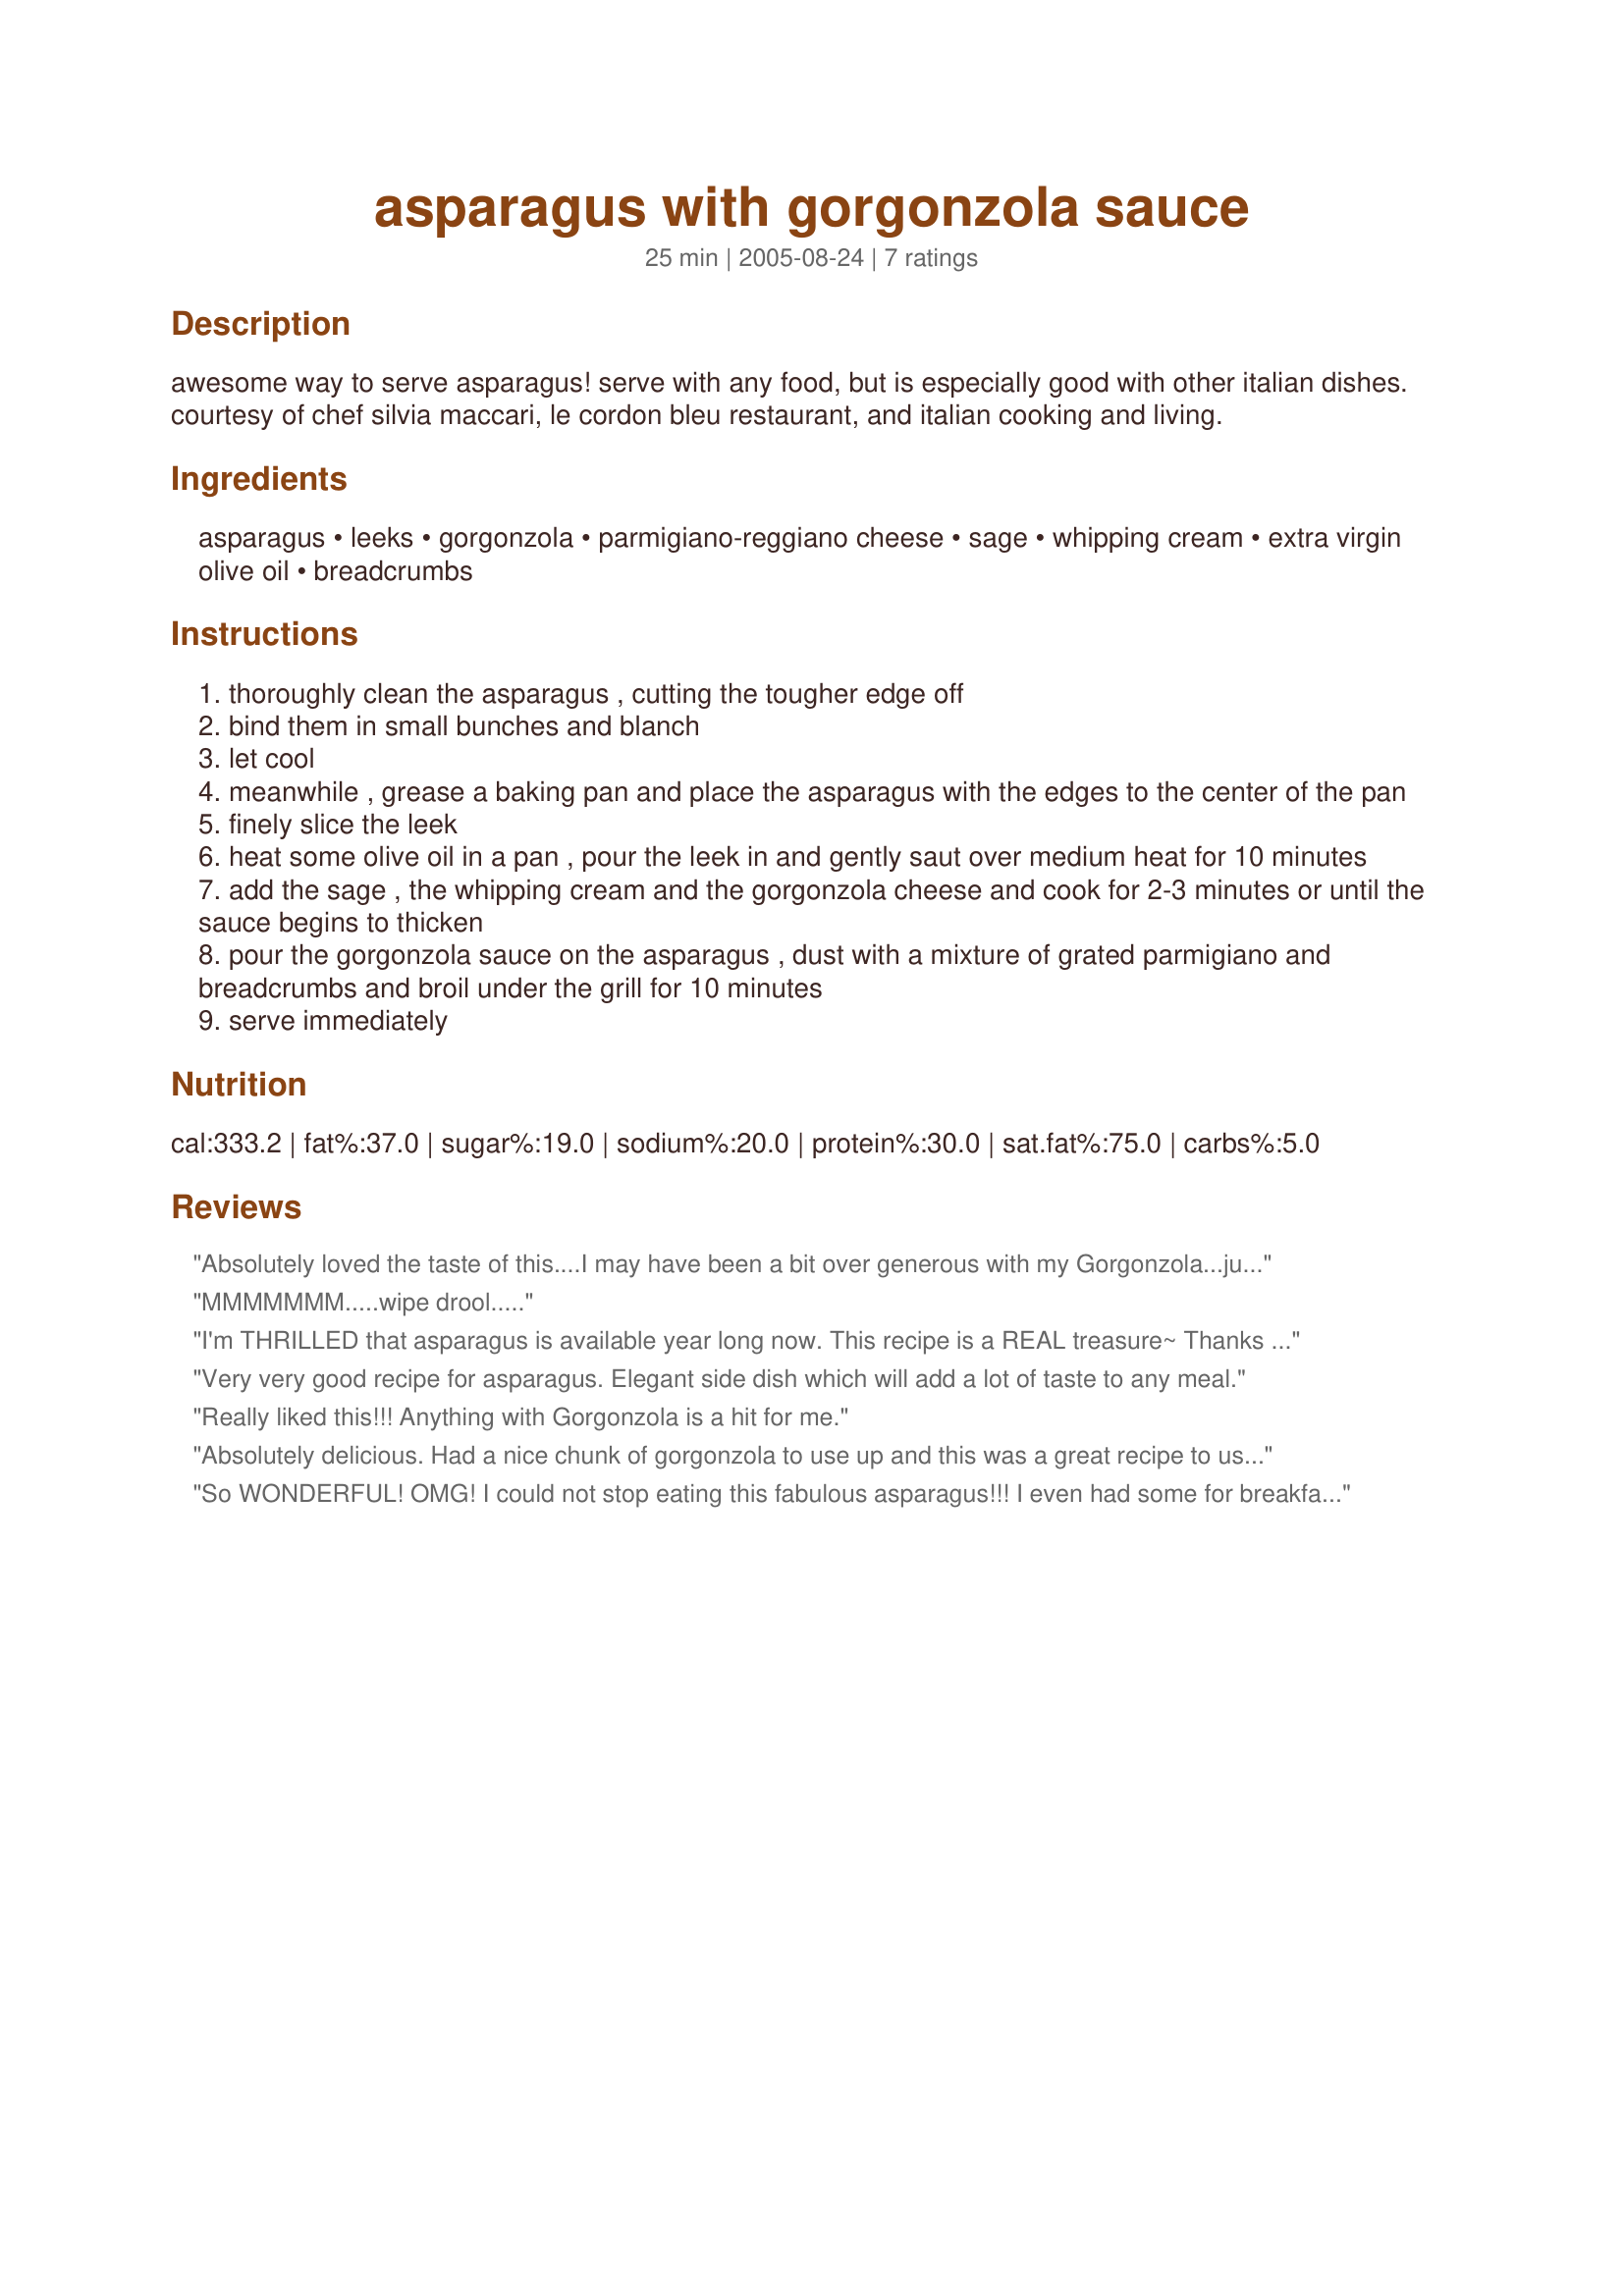
asparagus with gorgonzola sauce
Preparation time: 25 minutes

awesome way to serve asparagus!
serve with any food, but is especially good with other italian dishes. courtesy of chef silvia maccari, le cordon bleu restaurant, and italian cooking and living.

Ingredients:
asparagus, leeks, gorgonzola, parmigiano-reggiano cheese, sage, whipping cream, extra virgin olive oil, breadcrumbs

Steps:
thoroughly clean the asparagus , cutting the tougher edge off
bind them in small bunches and blanch
let cool
meanwhile , grease a baking pan and place the asparagus with the edges to the center of the pan
finely slice the leek
heat some olive oil in a pan , pour the leek in and gently saut over medium heat for 10 minutes
add the sage , the whipping cream and the gorgonzola cheese and cook for 2-3 minutes or until the sauce begins to thicken
pour the gorgonzola sauce on the asparagus , dust with a mixture of grated parmigiano and breadcrumbs and broil under the grill for 10 minutes
serve immediately

Reviews:
Absolutely loved the taste of this....I may have been a bit over generous with my Gorgonzola...just adore it! My sauce really didn't thicken up, but even so it clung to ever tender asparagus spear as they traveled to my mouth. Delicious!
MMMMMMM.....wipe drool.....
I'm THRILLED that asparagus is available year long now. This recipe is a REAL treasure~

Thanks for sending it!
Very very good recipe for asparagus. Elegant side dish which will add a lot of taste to any meal.
Really liked this!!! Anything with Gorgonzola is a hit for me.
Absolutely delicious. Had a nice chunk of gorgonzola to use up and this was a great recipe to use part of it in. The rich gorgonzola is a great foil for the asparagus.
So WONDERFUL! OMG! I could not stop eating this fabulous asparagus!!! I even had some for breakfast! I wish I would have doubled the recipe! AMAZING flavor! Thanks for an outstanding recipe!
